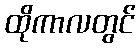
ထိုကာလတွင်